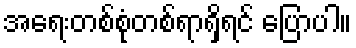
အရေးတစ်စုံတစ်ရာရှိရင် ပြောပါ။